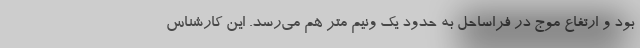
بود و ارتفاع موج در فراساحل به حدود یک ونیم متر هم می‌رسد. این کارشناس